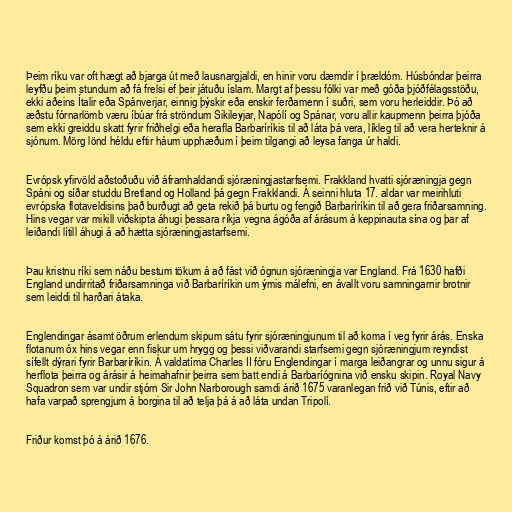
Þeim ríku var oft hægt að bjarga út með lausnargjaldi, en hinir voru dæmdir í þrældóm. Húsbóndar þeirra
leyfðu þeim stundum að fá frelsi ef þeir játuðu íslam. Margt af þessu fólki var með góða þjóðfélagsstöðu,
ekki aðeins Ítalir eða Spánverjar, einnig þýskir eða enskir ferðamenn í suðri, sem voru herleiddir. Þó að
æðstu fórnarlömb væru íbúar frá ströndum Sikileyjar, Napólí og Spánar, voru allir kaupmenn þeirra þjóða
sem ekki greiddu skatt fyrir friðhelgi eða herafla Barbaríríkis til að láta þá vera, líkleg til að vera herteknir á
sjónum. Mörg lönd héldu eftir háum upphæðum í þeim tilgangi að leysa fanga úr haldi.

Evrópsk yfirvöld aðstoðuðu við áframhaldandi sjóræningjastarfsemi. Frakkland hvatti sjóræningja gegn
Spáni og síðar studdu Bretland og Holland þá gegn Frakklandi. Á seinni hluta 17. aldar var meirihluti
evrópska flotaveldisins það burðugt að geta rekið þá burtu og fengið Barbaríríkin til að gera friðarsamning.
Hins vegar var mikill viðskipta áhugi þessara ríkja vegna ágóða af árásum á keppinauta sína og þar af
leiðandi lítill áhugi á að hætta sjóræningjastarfsemi.

Þau kristnu ríki sem náðu bestum tökum á að fást við ógnun sjóræningja var England. Frá 1630 hafði
England undirritað friðarsamninga við Barbaríríkin um ýmis málefni, en ávallt voru samningarnir brotnir
sem leiddi til harðari átaka.

Englendingar ásamt öðrum erlendum skipum sátu fyrir sjóræningjunum til að koma í veg fyrir árás. Enska
flotanum óx hins vegar enn fiskur um hrygg og þessi viðvarandi starfsemi gegn sjóræningjum reyndist
sífellt dýrari fyrir Barbaríríkin. Á valdatíma Charles II fóru Englendingar í marga leiðangrar og unnu sigur á
herflota þeirra og árásir á heimahafnir þeirra sem batt endi á Barbaríógnina við ensku skipin. Royal Navy
Squadron sem var undir stjórn Sir John Narborough samdi árið 1675 varanlegan frið við Túnis, eftir að
hafa varpað sprengjum á borgina til að telja þá á að láta undan Tripolí.

Friður komst þó á árið 1676.